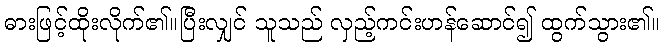
ဓားဖြင့်ထိုးလိုက်၏။ပြီးလျှင် သူသည် လှည့်ကင်းဟန်ဆောင်၍ ထွက်သွား၏။